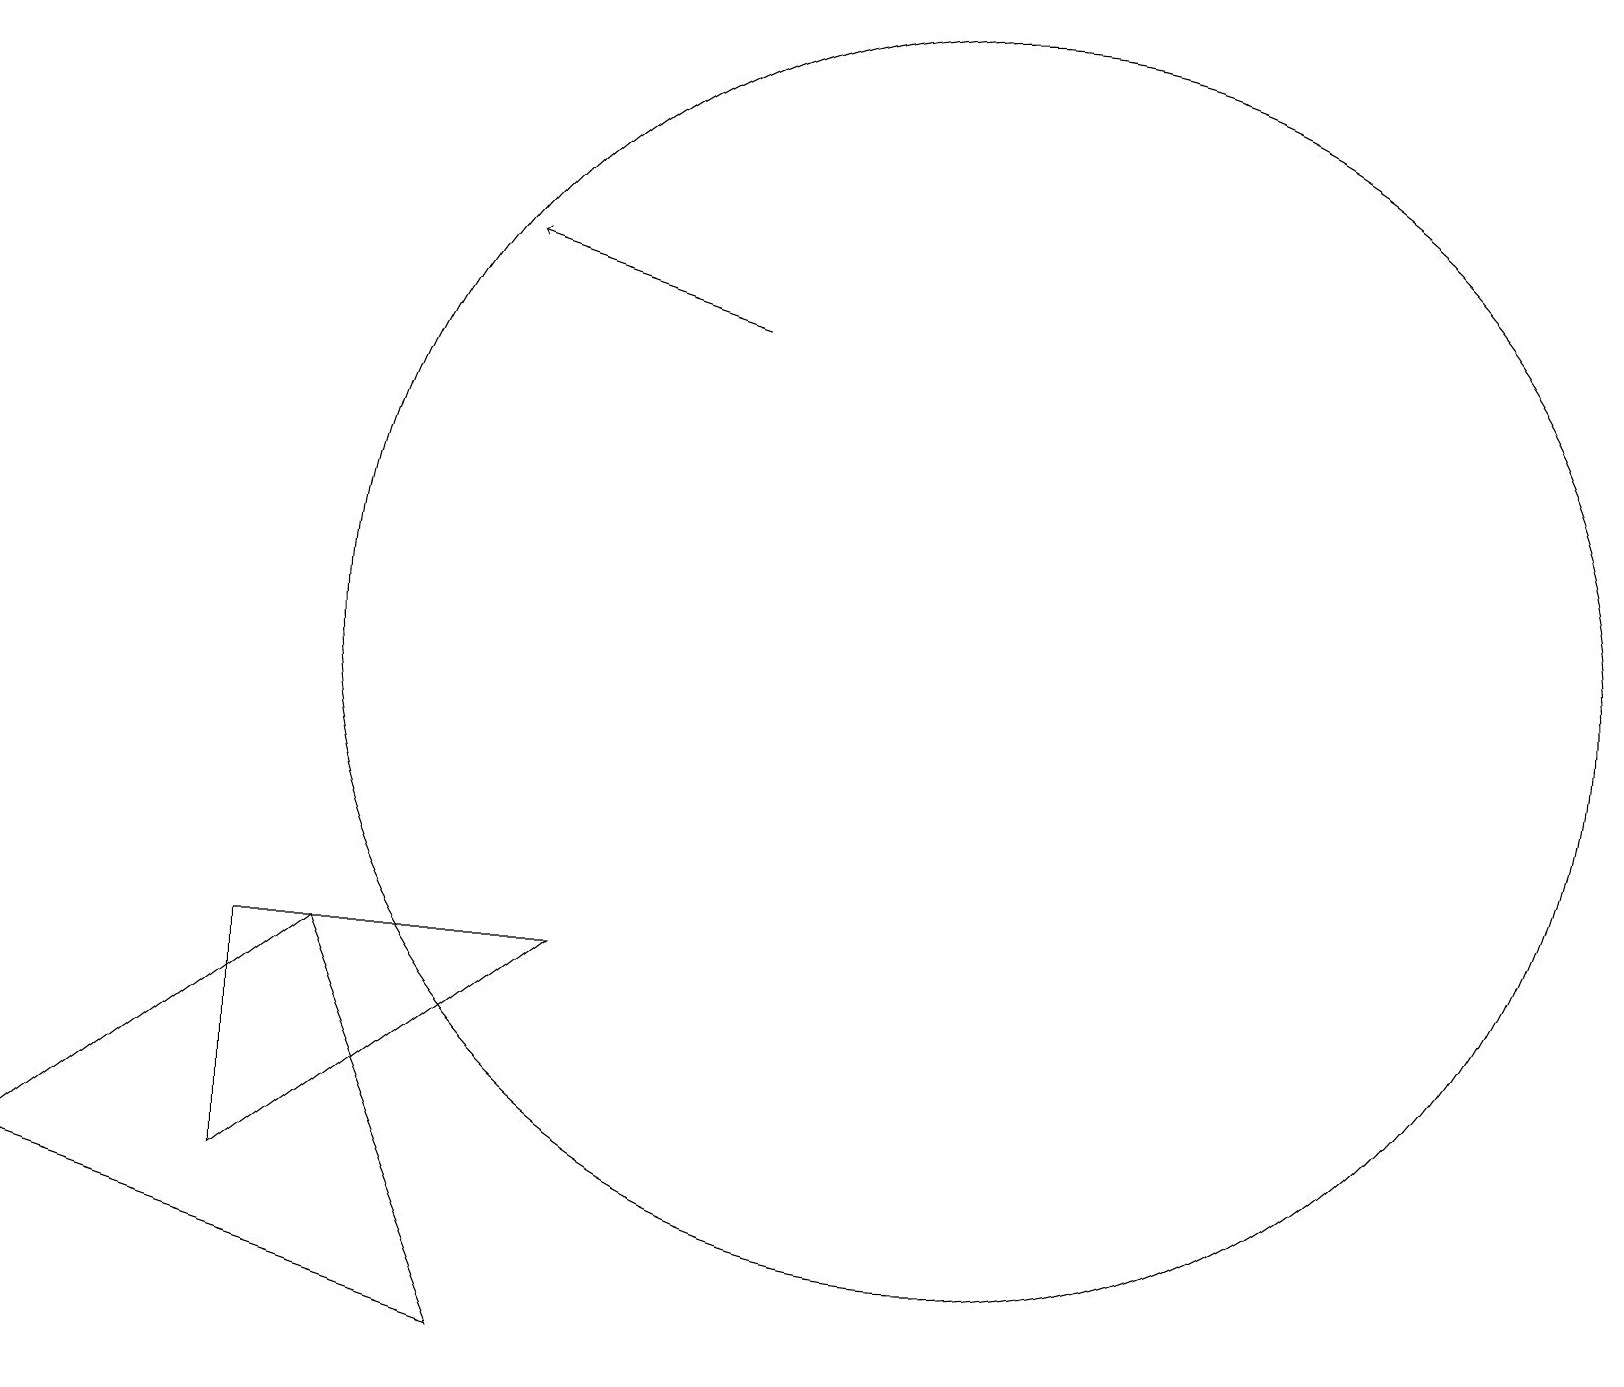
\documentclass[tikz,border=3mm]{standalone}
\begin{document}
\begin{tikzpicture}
\draw (11,11) circle (0);
\draw (3,7) -- (3,4) -- (7,7) -- cycle;
\draw[->] (9,15) -- (6,16);
\draw (12,11) circle (8);
\draw (0,4) -- (6,2) -- (4,7) -- cycle;
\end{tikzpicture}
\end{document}